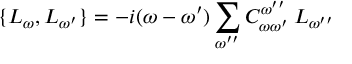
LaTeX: \{ L _ { \omega } , L _ { \omega ^ { \prime } } \} = - i ( \omega - \omega ^ { \prime } ) \sum _ { \omega ^ { \prime \prime } } C _ { \omega \omega ^ { \prime } } ^ { \omega ^ { \prime \prime } } \: L _ { \omega ^ { \prime \prime } }